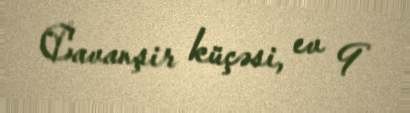
Cavanşir küçəsi, ev 9